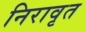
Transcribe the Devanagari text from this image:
निरावृत